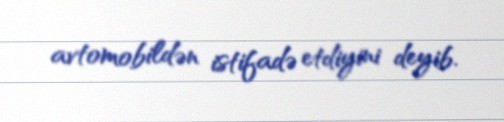
avtomobildən istifadə etdiyini deyib.